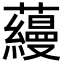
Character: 蘰